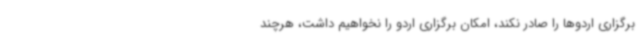
برگزاری اردوها را صادر نکند، امکان برگزاری اردو را نخواهیم داشت، هرچند